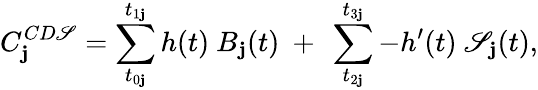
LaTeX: C_{\mathbf{j}}^{CD\mathscr{S}}=\sum_{t_{0\mathbf{j}}}^{t_{1\mathbf{j}}}{h(t)~B_{\mathbf{j}}(t)}~+~\sum_{t_{2\mathbf{j}}}^{t_{3\mathbf{j}}}{-h^{\prime}(t)~\mathscr{S}_{\mathbf{j}}(t)},